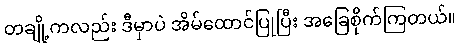
တချို့ကလည်း ဒီမှာပဲ အိမ်ထောင်ပြုပြီး အခြေစိုက်ကြတယ်။